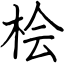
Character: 桧